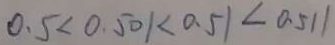
0 . 5 < 0 . 5 0 1 < 0 . 5 1 < 0 . 5 1 1